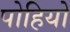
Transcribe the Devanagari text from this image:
पोहियो